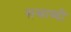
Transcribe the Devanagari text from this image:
सस्राब्दी